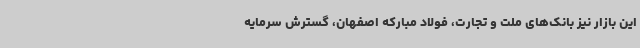
این بازار نیز بانک‌های ملت و تجارت، فولاد مبارکه اصفهان، گسترش سرمایه